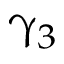
\upgamma _ { 3 }